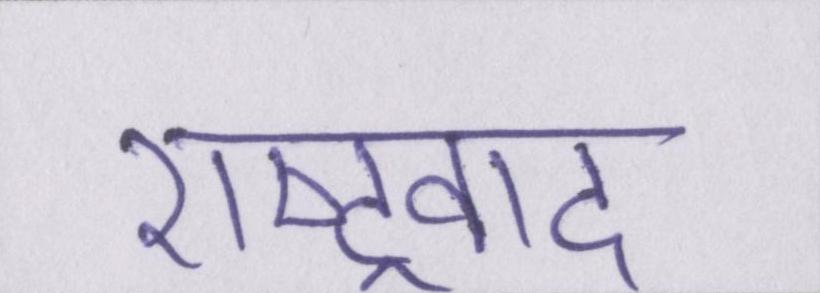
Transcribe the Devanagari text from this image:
राष्ट्रवाद